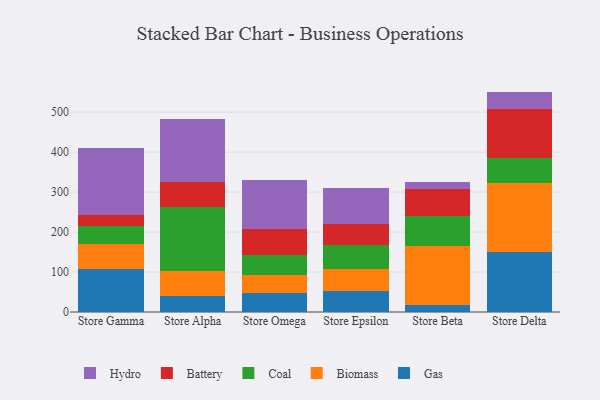
{"axis": {"x": "Store", "y": "Conversion Rate (%)"}, "legend": ["Battery", "Biomass", "Coal", "Gas", "Hydro"], "data": [{"x": "Store Gamma", "y": 107.5, "type": "Gas"}, {"x": "Store Gamma", "y": 61.5, "type": "Biomass"}, {"x": "Store Gamma", "y": 47.4, "type": "Coal"}, {"x": "Store Gamma", "y": 25.6, "type": "Battery"}, {"x": "Store Gamma", "y": 168.4, "type": "Hydro"}, {"x": "Store Alpha", "y": 40.2, "type": "Gas"}, {"x": "Store Alpha", "y": 63.4, "type": "Biomass"}, {"x": "Store Alpha", "y": 158.8, "type": "Coal"}, {"x": "Store Alpha", "y": 61.8, "type": "Battery"}, {"x": "Store Alpha", "y": 158.2, "type": "Hydro"}, {"x": "Store Omega", "y": 48.4, "type": "Gas"}, {"x": "Store Omega", "y": 43.3, "type": "Biomass"}, {"x": "Store Omega", "y": 50.0, "type": "Coal"}, {"x": "Store Omega", "y": 67.0, "type": "Battery"}, {"x": "Store Omega", "y": 121.8, "type": "Hydro"}, {"x": "Store Epsilon", "y": 52.9, "type": "Gas"}, {"x": "Store Epsilon", "y": 53.7, "type": "Biomass"}, {"x": "Store Epsilon", "y": 61.4, "type": "Coal"}, {"x": "Store Epsilon", "y": 52.3, "type": "Battery"}, {"x": "Store Epsilon", "y": 89.6, "type": "Hydro"}, {"x": "Store Beta", "y": 16.3, "type": "Gas"}, {"x": "Store Beta", "y": 149.4, "type": "Biomass"}, {"x": "Store Beta", "y": 75.2, "type": "Coal"}, {"x": "Store Beta", "y": 66.3, "type": "Battery"}, {"x": "Store Beta", "y": 18.5, "type": "Hydro"}, {"x": "Store Delta", "y": 148.9, "type": "Gas"}, {"x": "Store Delta", "y": 174.8, "type": "Biomass"}, {"x": "Store Delta", "y": 60.4, "type": "Coal"}, {"x": "Store Delta", "y": 123.8, "type": "Battery"}, {"x": "Store Delta", "y": 43.5, "type": "Hydro"}]}